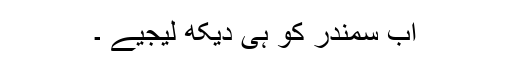
اب سمندر کو ہی دیکھ لیجیے ۔